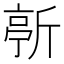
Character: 𣂳